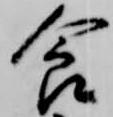
食